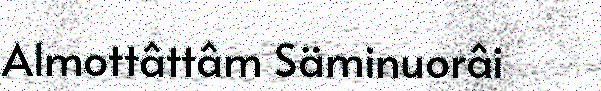
Almottâttâm Säminuorâi